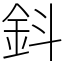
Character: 鈄